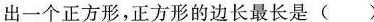
出一个正方形，正方形的边长最长是( )